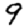
Digit: 9